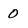
Character: 0